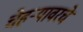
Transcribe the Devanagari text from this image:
चेहर्‍यावरचे